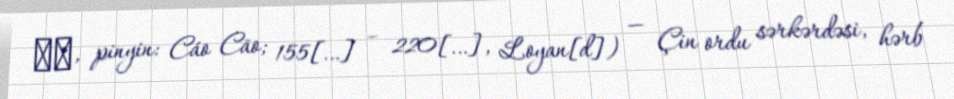
曹操, pinyin: Cáo Cāo; 155[…] – 220[…], Loyan[d]) — Çin ordu sərkərdəsi, hərb